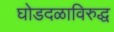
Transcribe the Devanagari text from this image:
घोडदळाविरुद्ध